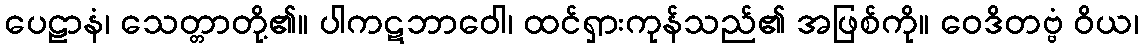
ပေဠာနံ၊ သေတ္တာတို့၏။ ပါကဋဘာဝေါ၊ ထင်ရှားကုန်သည်၏ အဖြစ်ကို။ ဝေဒိတဗ္ဗံ ဝိယ၊